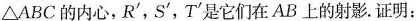
\triangle ABC的内心，R^{\prime}，S^{\prime}，T^{\prime}是它们在AB上的射影。证明：